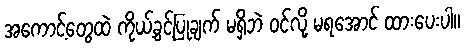
အကောင့်တွေထဲ ကိုယ့်ခွင့်ပြုချက် မရှိဘဲ ဝင်လို့ မရအောင် ထားပေးပါ။